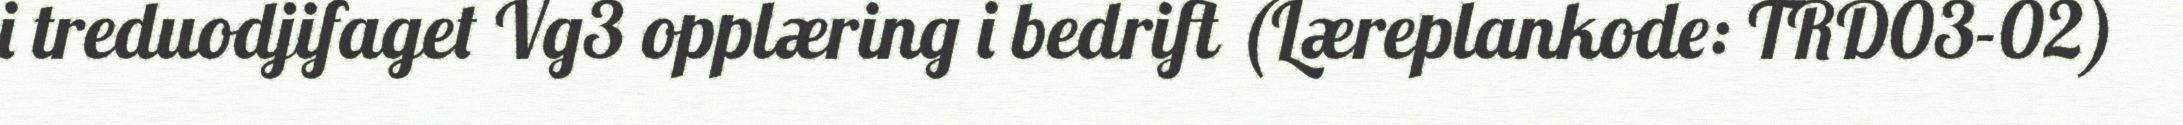
i treduodjifaget Vg3 opplæring i bedrift (Læreplankode: TRD03-02)